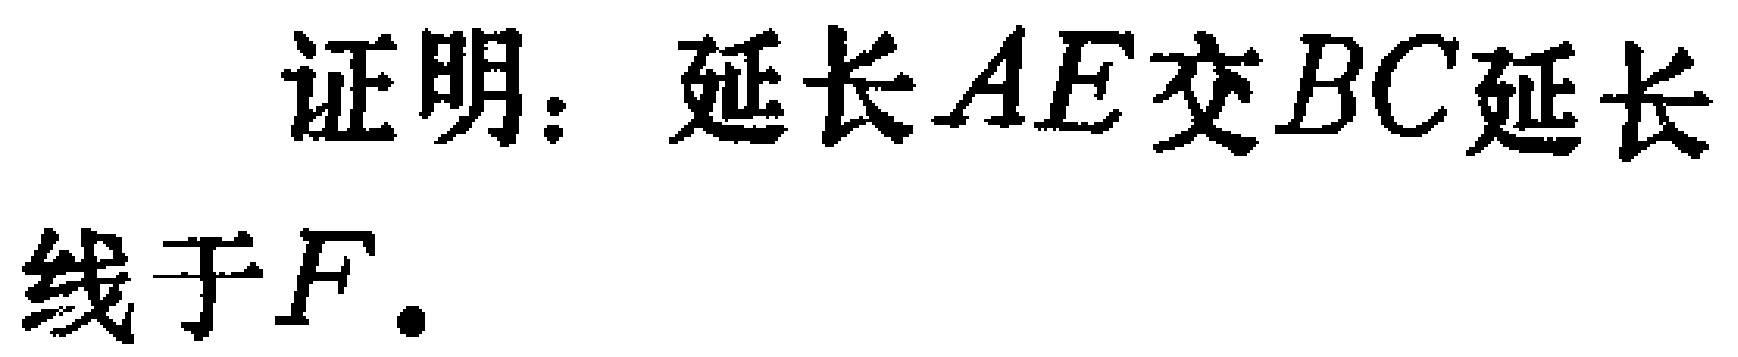
证明：延长\(AE\)交\(BC\)延长线于\(F\).